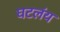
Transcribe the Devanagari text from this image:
घटलंय